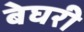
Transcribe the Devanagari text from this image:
बेघरी